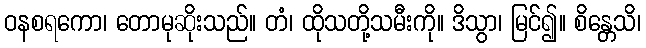
ဝနစရကော၊ တောမုဆိုးသည်။ တံ၊ ထိုသတို့သမီးကို။ ဒိသွာ၊ မြင်၍။ စိန္တေသိ၊